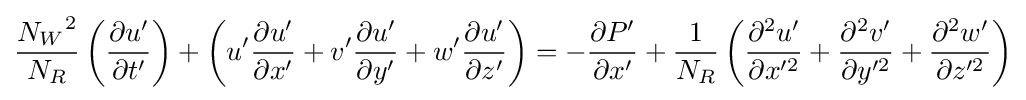
{\frac {{N_{W}}^{2}}{N_{R}}}\left({\frac {{\partial }u'}{{\partial }t'}}\right)+\left(u'{\frac {{\partial }u'}{{\partial }x'}}+v'{\frac {{\partial }u'}{{\partial }y'}}+w'{\frac {{\partial }u'}{{\partial }z'}}\right)=-{\frac {{\partial }P'}{{\partial }x'}}+{\frac {1}{N_{R}}}\left({\frac {{\partial ^{2}}u'}{{\partial }x'^{2}}}+{\frac {{\partial ^{2}}v'}{{\partial }y'^{2}}}+{\frac {{\partial ^{2}}w'}{{\partial }z'^{2}}}\right)\,\!